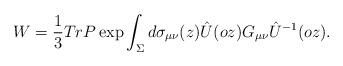
LaTeX: \begin{align*}W = \frac{1}{3} Tr P\exp \int_{\Sigma}d\sigma_{\mu \nu}(z)\hat{U}(oz)G_{\mu \nu}\hat{U}^{-1}(oz).\end{align*}